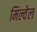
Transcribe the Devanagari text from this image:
मिल्वेल